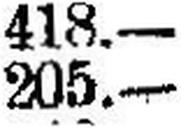
205.—